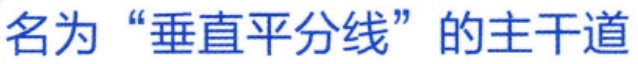
名为“垂直平分线”的主干道